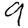
Digit: 9